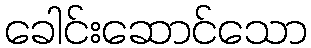
ခေါင်းဆောင်သော